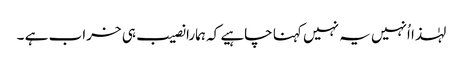
لہٰذا اُنہیں یہ نہیں کہنا چاہیے کہ ہمارا نصیب ہی خراب ہے ۔